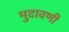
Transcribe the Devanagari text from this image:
मुदावणी